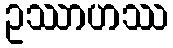
ဥဿာဟဿ